Insane asylums in Bengal annual reports 1876-1887 - 1876-1887
Year: 1876
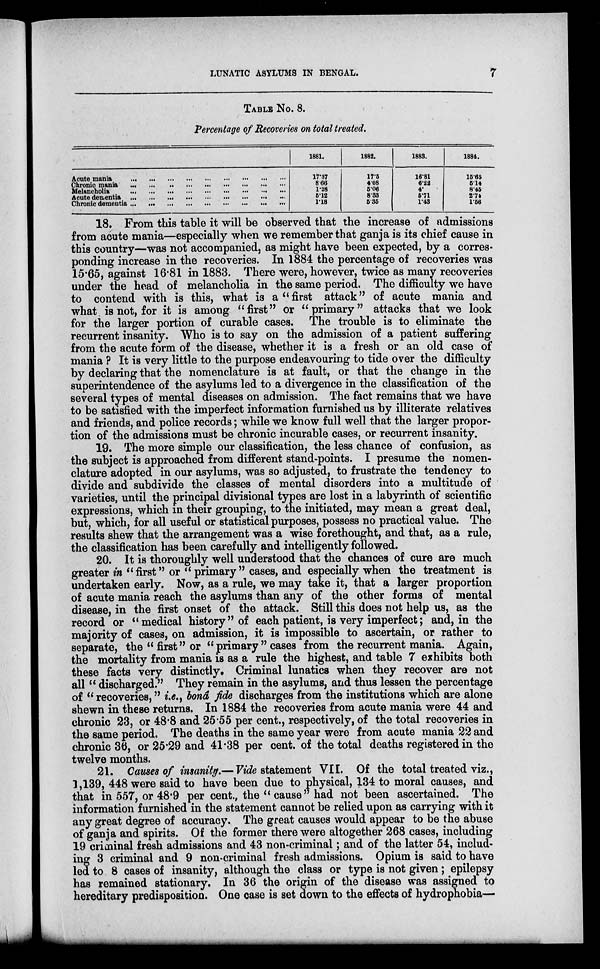
LUNATIC ASYLUMS IN BENGAL.
7
TABLE No. 8.
Percentage of Recoveries on total treated.
Acute mania
...
...
...
...
...
...
...
...
...
Chronic mania
...
...
...
...
...
...
...
...
...
Melancholia
...
...
...
...
...
...
...
...
...
Acute dementia
...
...
...
...
...
...
...
...
...
Chronic dementia
...
...
...
...
...
...
...
...
...
1881.
17.37
8.66
1.28
5.12
1.18
1882.
17.5
4.08
5.06
8.33
5.35
1883.
16.81
6.22
4.
5.71
1.43
1884.
15.65
5.14
8.45
2.74
1.56
18. From this table it will be observed that the increase of admissions
from acute mania—especially when we remember that ganja is its chief cause in
this country—was not accompanied, as might have been expected, by a corres-
ponding increase in the recoveries. In 1884 the percentage of recoveries was
15.65, against 16.81 in 1883. There were, however, twice as many recoveries
under the head of melancholia in the same period. The difficulty we have
to contend with is this, what is a "first attack" of acute mania and
what is not, for it is among " first" or "primary" attacks that we look
for the larger portion of curable cases. The trouble is to eliminate the
recurrent insanity. Who is to say on the admission of a patient suffering
from the acute form of the disease, whether it is a fresh or an old case of
mania ? It is very little to the purpose endeavouring to tide over the difficulty
by declaring that the nomenclature is at fault, or that the change in the
superintendence of the asylums led to a divergence in the classification of the
several types of mental diseases on admission. The fact remains that we have
to be satisfied with the imperfect information furnished us by illiterate relatives
and friends, and police records; while we know full well that the larger propor-
tion of the admissions must be chronic incurable cases, or recurrent insanity.
19. The more simple our classification, the less chance of confusion, as
the subject is approached from different stand-points. I presume the nomen-
clature adopted in our asylums, was so adjusted, to frustrate the tendency to
divide and subdivide the classes of mental disorders into a multitude of
varieties, until the principal divisional types are lost in a labyrinth of scientific
expressions, which in their grouping, to the initiated, may mean a great deal,
but, which, for all useful or statistical purposes, possess no practical value. The
results shew that the arrangement was a wise forethought, and that, as a rule,
the classification has been carefully and intelligently followed.
20. It is thoroughly well understood that the chances of cure are much
greater in " first" or " primary " cases, and especially when the treatment is
undertaken early. Now, as a rule, we may take it, that a larger proportion
of acute mania reach the asylums than any of the other forms of mental
disease, in the first onset of the attack. Still this does not help us, as the
record or "medical history" of each patient, is very imperfect; and, in the
majority of cases, on admission, it is impossible to ascertain, or rather to
separate, the "first" or " primary " cases from the recurrent mania. Again,
the mortality from mania is as a rule the highest, and table 7 exhibits both
these facts very distinctly. Criminal lunatics when they recover are not
all " discharged." They remain in the asylums, and thus lessen the percentage
of " recoveries," i.e., bonâ fide discharges from the institutions which are alone
shewn in these returns. In 1884 the recoveries from acute mania were 44 and
chronic 23, or 48.8 and 25.55 per cent., respectively, of the total recoveries in
the same period. The deaths in the same year were from acute mania 22 and
chronic 36, or 25.29 and 41.38 per cent. of the total deaths registered in the
twelve months.
21. Causes of insanity.— Vide statement VII. Of the total treated viz.,
1,139, 448 were said to have been due to physical, 134 to moral causes, and
that in 557, or 48.9 per cent., the " cause" had not been ascertained. The
information furnished in the statement cannot be relied upon as carrying with it
any great degree of accuracy. The great causes would appear to be the abuse
of ganja and spirits. Of the former there were altogether 268 cases, including
19 criminal fresh admissions and 43 non-criminal; and of the latter 54, includ-
ing 3 criminal and 9 non-criminal fresh admissions. Opium is said to have
led to 8 cases of insanity, although the class or type is not given; epilepsy
has remained stationary. In 36 the origin of the disease was assigned to
hereditary predisposition. One case is set down to the effects of hydrophobia—